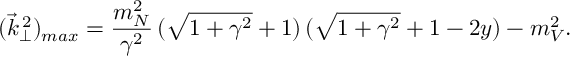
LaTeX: ( \vec { k } _ { \perp } ^ { \, 2 } ) _ { m a x } = \frac { m _ { N } ^ { 2 } } { \gamma ^ { 2 } } \, ( \sqrt { 1 + \gamma ^ { 2 } } + 1 ) \, ( \sqrt { 1 + \gamma ^ { 2 } } + 1 - 2 y ) - m _ { V } ^ { 2 } .